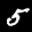
Label: 5